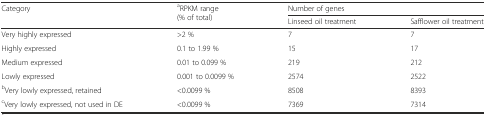
<table><thead><tr><td><b>Category</b></td><td rowspan="2"><b><sup>a</sup>RPKM range (% of total)</b></td><td colspan="2"><b>Number of genes</b></td></tr><tr><td></td><td><b>Linseed oil treatment</b></td><td><b>Safflower oil treatment</b></td></tr></thead><tbody><tr><td>Very highly expressed</td><td>&gt;2 %</td><td>7</td><td>7</td></tr><tr><td>Highly expressed</td><td>0.1 to 1.99 %</td><td>15</td><td>17</td></tr><tr><td>Medium expressed</td><td>0.01 to 0.099 %</td><td>219</td><td>212</td></tr><tr><td>Lowly expressed</td><td>0.001 to 0.0099 %</td><td>2574</td><td>2522</td></tr><tr><td><sup>b</sup>Very lowly expressed, retained</td><td>&lt;0.0099 %</td><td>8508</td><td>8393</td></tr><tr><td><sup>c</sup>Very lowly expressed, not used in DE</td><td>&lt;0.0099 %</td><td>7369</td><td>7314</td></tr></tbody></table>